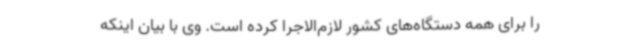
را برای همه دستگاه‌های کشور لازم‌الاجرا کرده است. وی با بیان اینکه